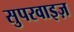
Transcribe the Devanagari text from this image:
सुपरवाइज़